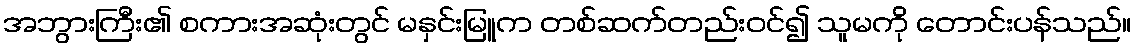
အဘွားကြီး၏ စကားအဆုံးတွင် မနှင်းမြူက တစ်ဆက်တည်းဝင်၍ သူမကို တောင်းပန်သည်။